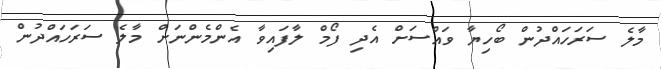
މާލެ ސަރަހައްދުން ބޯހިޔާ ވައްސަށް އެދި ފޯމް ލާފައިވާ އެންމެންނަށް މާލެ ސަރަހައްދުން